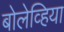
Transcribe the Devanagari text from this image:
बोलेव्हिया